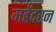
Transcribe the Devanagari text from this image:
महेंदरन